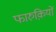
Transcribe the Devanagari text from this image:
फारुक़ियों